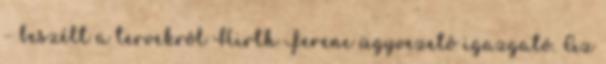
– beszélt a tervekrôl Hirth Ferenc ügyvezetô igazgató. Az